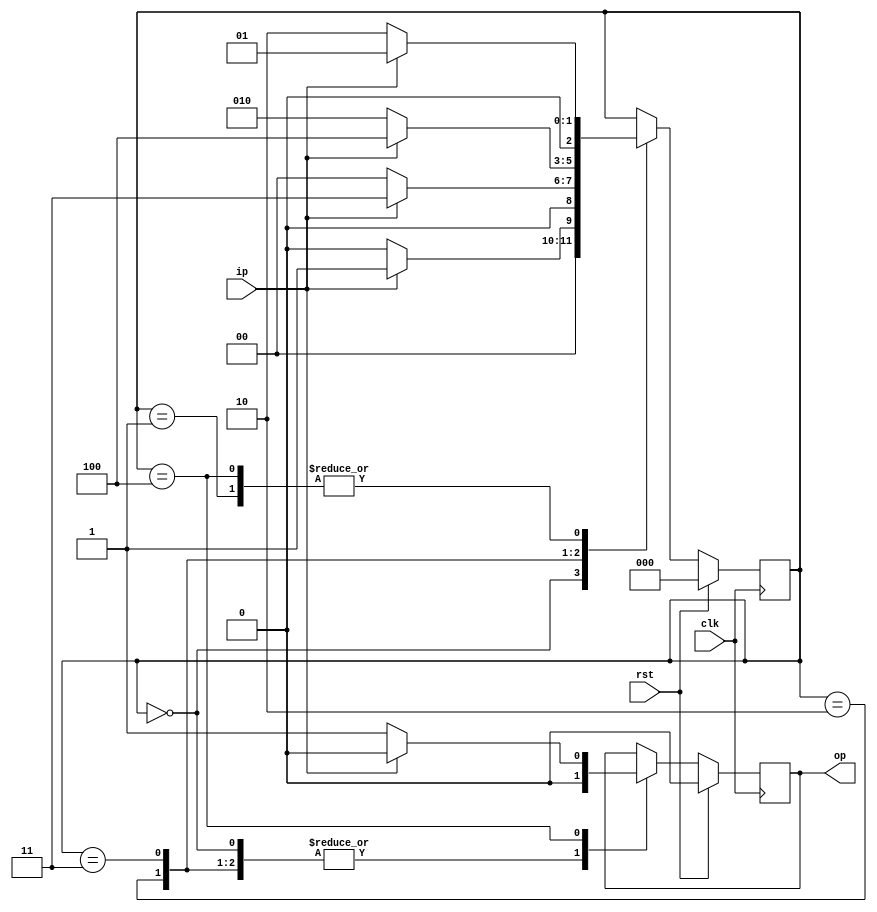
module state_over(ip,clk,rst,op);
  
  input ip,clk,rst;
  output reg op;
  localparam idle=3'b000,S1=3'b001,S10=3'b010,S101=3'b011,S1011=3'b100;
  reg [2:0] state;
  
  always@(posedge clk)
  if(rst)
    begin
    state=idle;             //(idle)
    op=1'b0;
     end
     

else 
  begin 
    case (state)
      0 : if(ip)
        begin
          state=S1;          //(S1)
          op=1'b0;
        end
        else
          begin
          state=idle;           //(idle)
          op=1'b0;
        end
        
      1 : if(ip)
        begin
          state=S1;           //(S1)
          op=1'b0;
        end
        else
          begin
          state=S10;            //(S10)
          op=1'b0;
        end
        
       2 : if(ip)
        begin
          state=S101;              //(S101)
          op=1'b0;
        end
        else
          begin
          state=idle;               //(idle) 
          op=1'b0;
        end
        
       3 : if(ip)
        begin
          state=S1011;                 //(S1011)
          op=1'b0;
        end
        else
          begin
          state=S10;                  //(S10)
          op=1'b0;
        end
 
        4 : if(ip)
        begin
          state=S1;                 //(S1)
          op=1'b0;
        end
        else
          begin
          state=S10;                  //(S10)
          op=1'b1;
        end  
        
        default : $display("no more states");
        
     endcase
     
   end
     
   
 endmodule